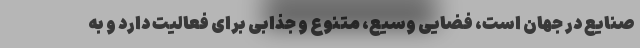
صنایع در جهان است، فضایی وسیع، متنوع و جذابی برای فعالیت دارد و به